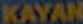
KAYAN